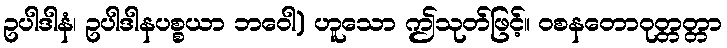
ဥပါဒါနံ၊ ဥပါဒါနပစ္စယာ ဘဝေါ) ဟူသော ဤသုတ်ဖြင့်။ ဝစနတောဝုတ္တတ္တာ